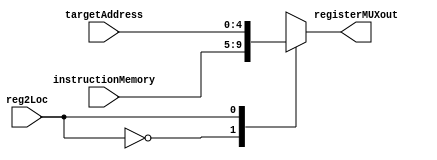
module RegisterMux
(
	input [4:0] instructionMemory,
	input [4:0] targetAddress,
	input reg2Loc,
	output reg [4:0] registerMUXout
);

	always @(*) case (reg2Loc)
		0: registerMUXout = instructionMemory;
		1: registerMUXout = targetAddress;
		default: registerMUXout = instructionMemory;
	endcase
endmodule